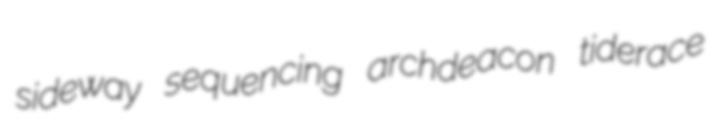
sideway sequencing archdeacon tiderace